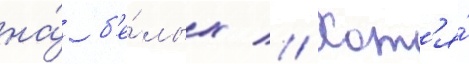
на́ б'е́лых // Хот'я́